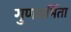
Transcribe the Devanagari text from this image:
गुणधर्मिता